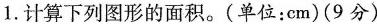
1.计算下列图形的面积。（单位：cm）（9分）